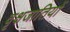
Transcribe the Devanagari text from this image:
वृक्षजातियों